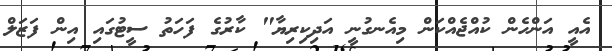
އެއީ އަންހެން ކުއްޖެއްކަން މިއެނގުނީ އަދިކިރިޔާ" ކާރުގެ ފަހަތު ސީޓުގައި އިން ފަޒަލް